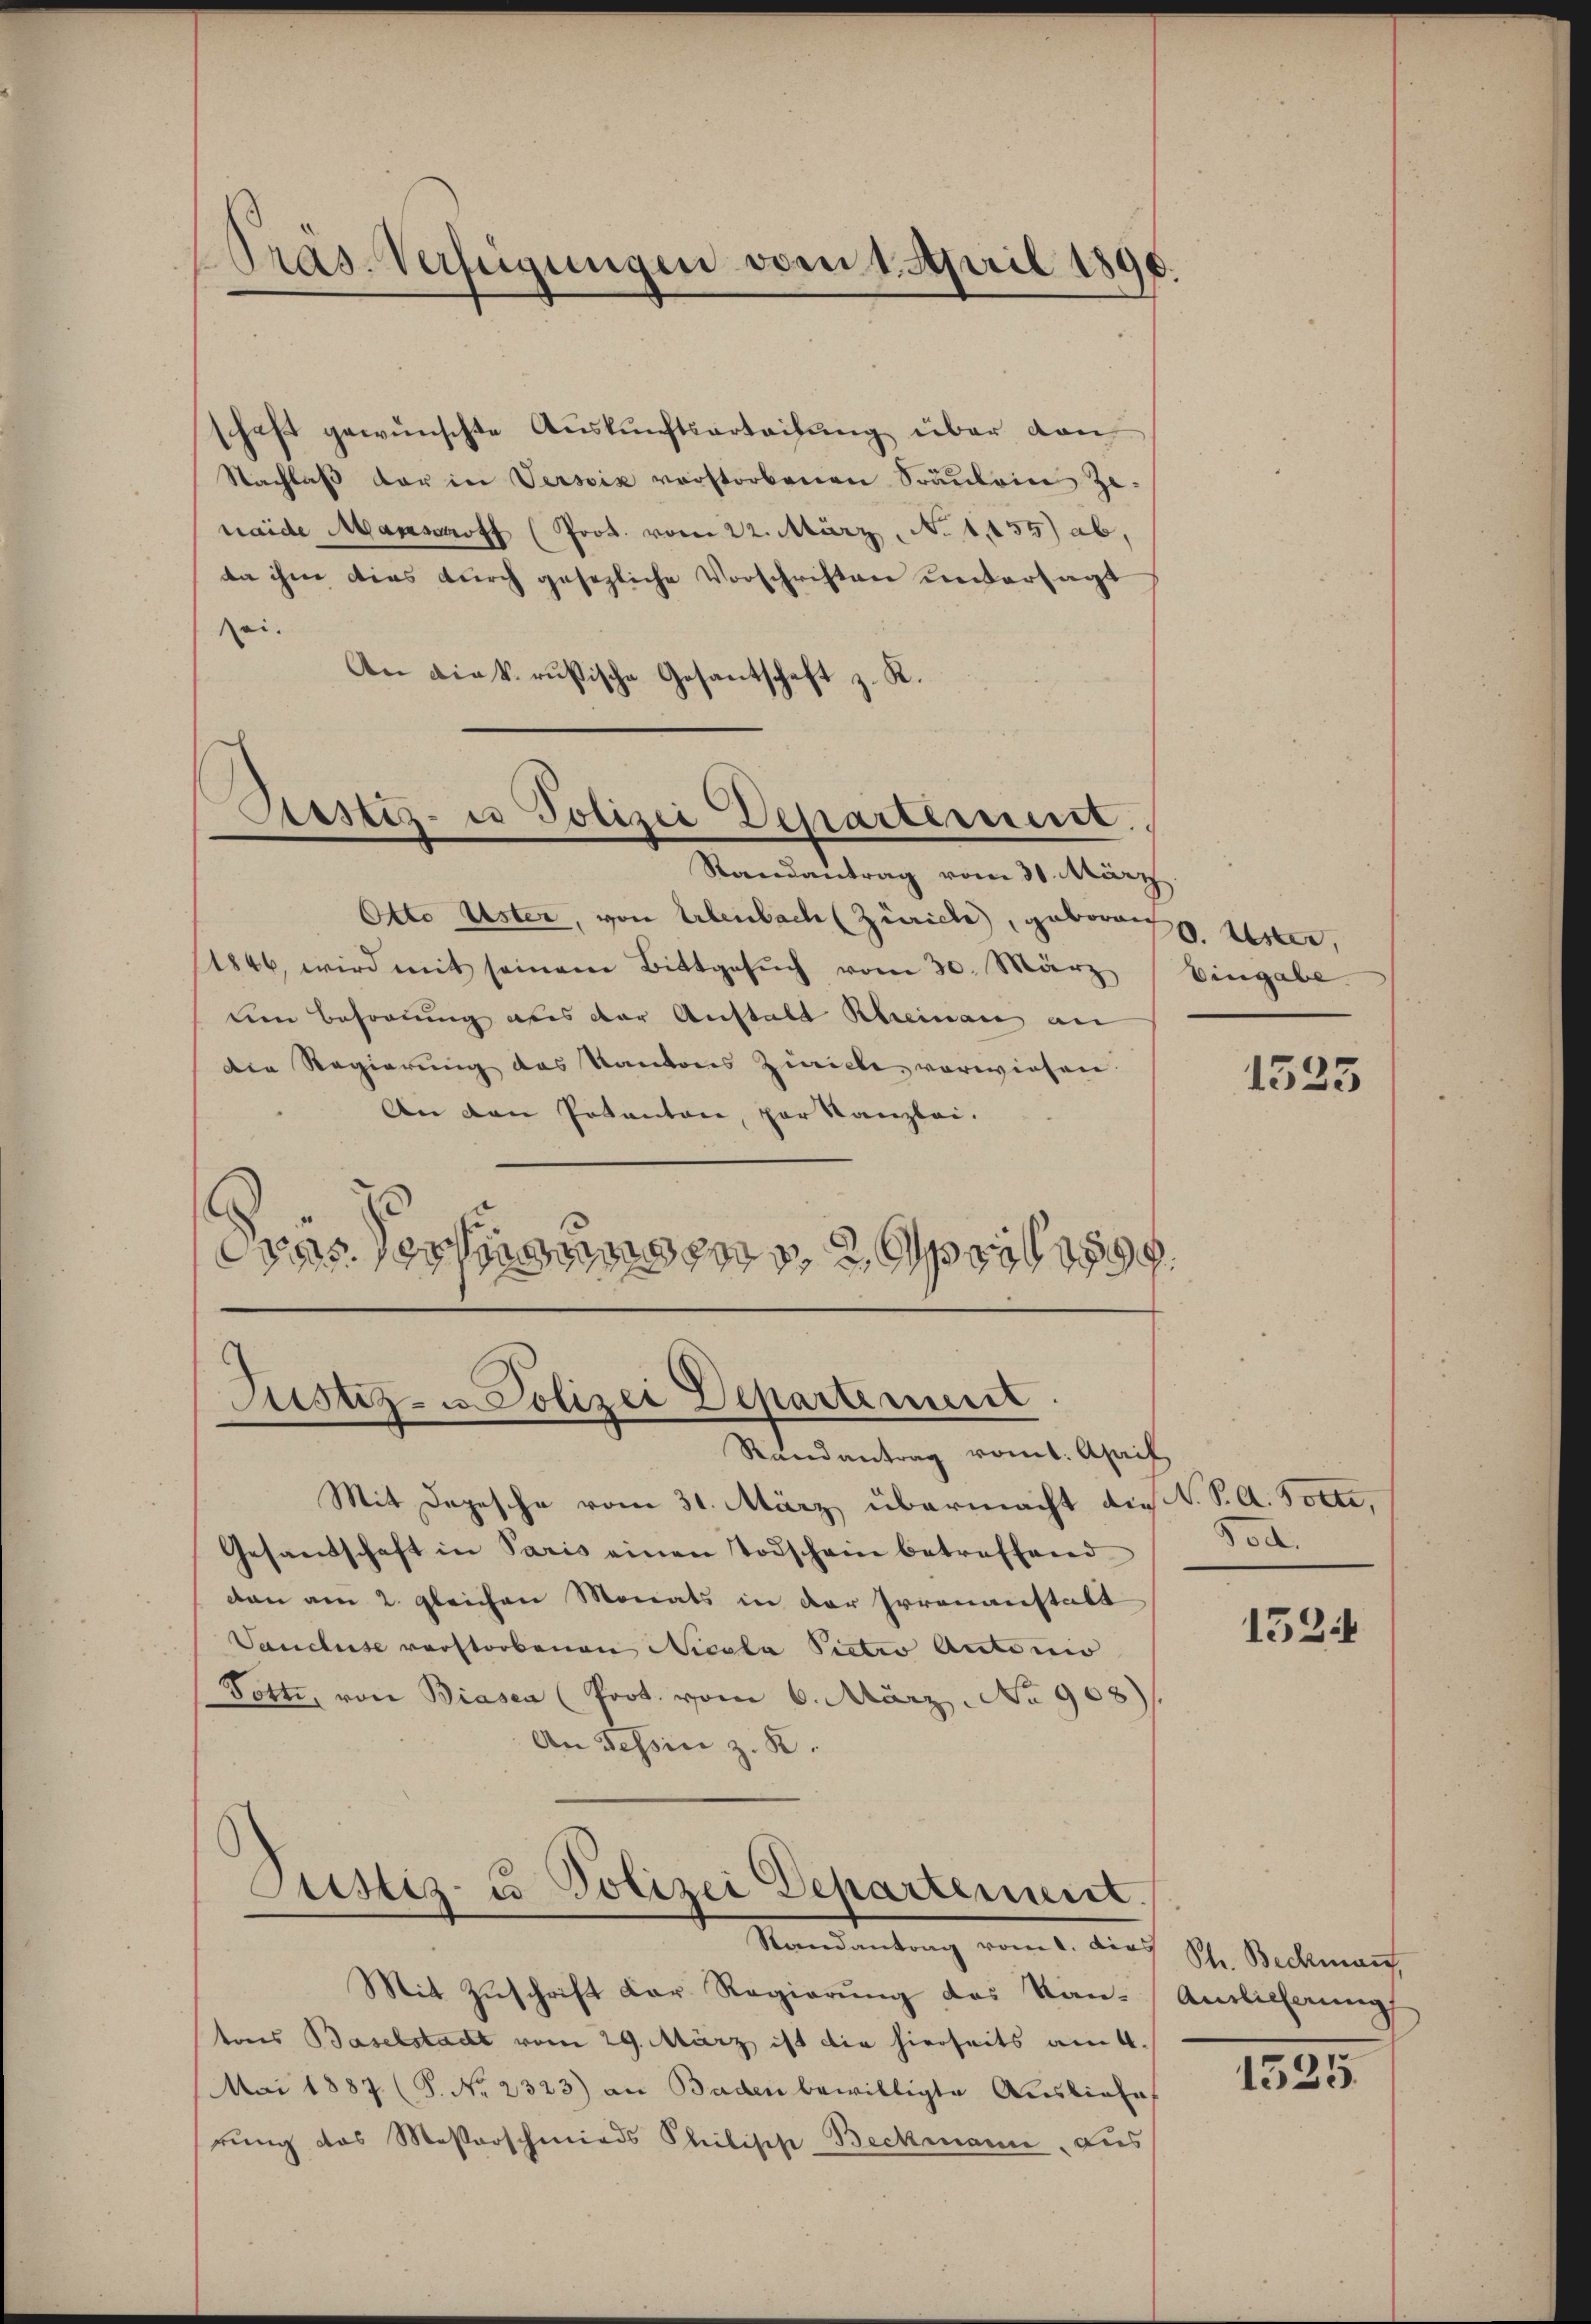
Pras-Verfügungen vom 1. April 1890.

schaft gewünschte Aŭskŭnftsarteilŭng über dan
Nachlaβ der in Versix vorstorbenen Spantoine Zenaide Mansaft (Prot. vom 22. März, No 1455) ab,
da ihm dies durch gesezliche Vorschriften untersagt
sei.
An die k. russische Gesantschaft z. K.

Restiz- u Polizei Departement.

Randantrag vom 31. März.
Otto Uster, von Erlenbach (Zürich, geboren uner,
1846, wird mit seinem Bittgesuch vom 30. März
dem Besortung aus der Anstalt Rheinau an
Die Regierung des Kantons Zürich verwiesen.
An den Potantone, par Kanzlei.
Das Technung zur pri

Justiz- u. Polizei Departement
Randantrag vom 1. April

Justiz- u Polizei Departement.

Mit Depesche vom 31. März übermacht die V. S. A. Bolte,
Gesandschaft in Paris einen Todschein betreffend
dan am 2. gleichen Monats in der Irrenanstalt
Vancluse verstorbenen Nicola Pictio Antonio
Totte, von Biasca (Prot. vom 6. März. No 908)
An Tessin z. B.

Randantrag vom 1. dies St. Beckman
Mit Zuschrift dar. Regierung des Kantons Baselstadt vom 29. März ist die hierseits am 4.
Mai 1887 (S. Nr. 2323) an Baden bewilligte Ausliefe
rung das Masserschmieds Philisch-Beckmann, aus

Eingabe

1525

802.

1524

Antlicherung

1525.